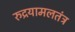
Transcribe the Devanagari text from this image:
रुद्रयामलतंत्र